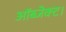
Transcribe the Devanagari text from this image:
ऑब्जेक्ट।